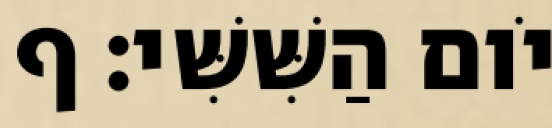
יֹום הַשִּׁשִּׁי׃ ף